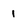
Character: 1